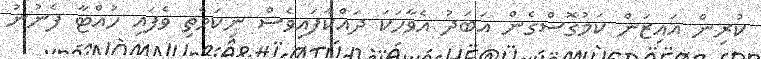
ކުރިން އައިޒަން ކަމުގޮސްގެން އަބަދު އެވާހަކަ ދައްކާފައިވެސް ނިކަމެތި ވެފައި ހުއްޓާ ފެނުނު